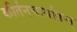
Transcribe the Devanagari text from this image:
कीर्तनचार्याकम्‌